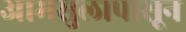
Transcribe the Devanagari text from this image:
आमसुलापासून